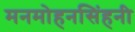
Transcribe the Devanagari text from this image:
मनमोहनसिंहनी